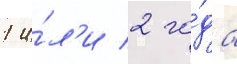
1 и́л'и 2 го́да